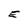
Character: E